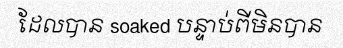
ដែលបាន soaked បន្ទាប់ពីមិនបាន